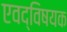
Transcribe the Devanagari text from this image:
एवद्विषयक